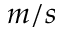
m / s